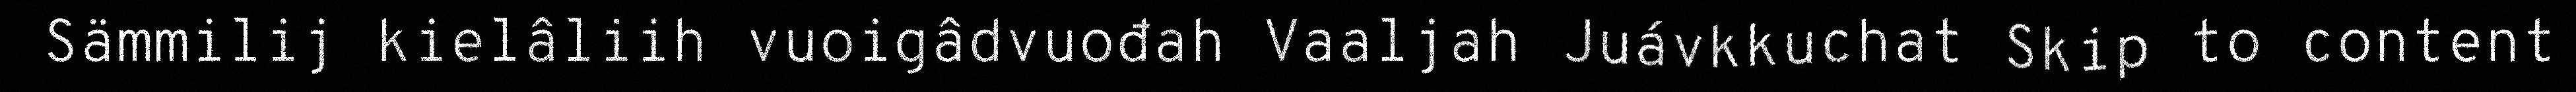
Sämmilij kielâliih vuoigâdvuođah Vaaljah Juávkkuchat Skip to content